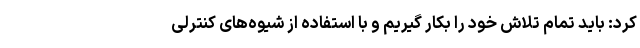
کرد: باید تمام تلاش خود را بکار گیریم و با استفاده از شیوه‌های کنترلی